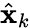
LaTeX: \hat{\mathbf{x}}_{k}